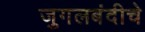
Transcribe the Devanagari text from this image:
जुगलबंदीचे